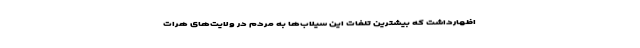
اظهارداشت که بیشترین تلفات این سیلاب‌ها به مردم در ولایت‌های هرات